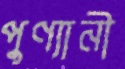
পুণ্যানী